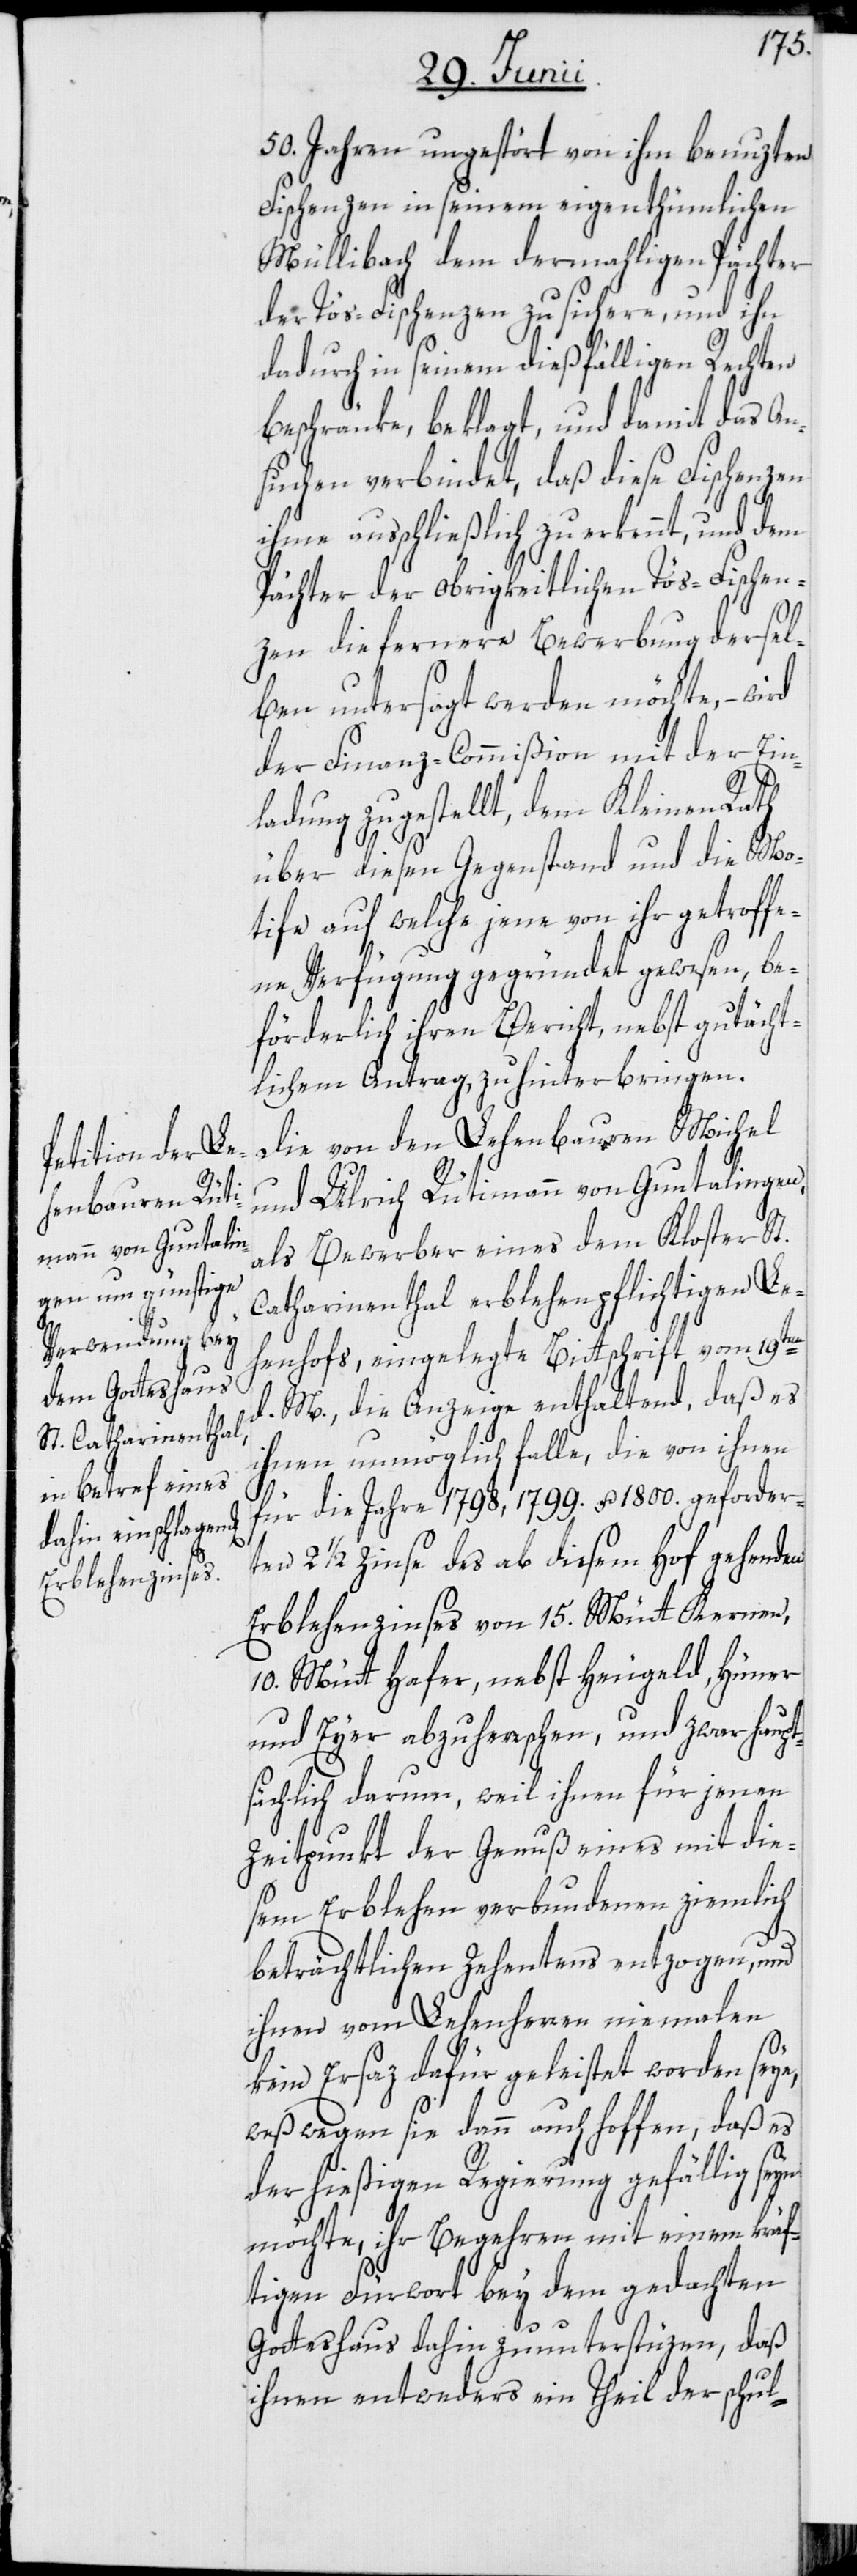
50. Jahren ungestört von ihm benuzten
Fischenzen in seinem eigenthümlichen
Müllibach dem dermahligen Pächter
der Tös-Fischenzen zusichere, und ihn
dadurch in seinem dießfälligen Rechten
beschränke, beklagt, und damit das An¬
suchen verbindet, daß diese Fischenzen
ihme ausschließlich zuerkennt, und dem
Pächter der obrigkeitlichen Tös-Fischen¬
zen die fernere Bewerbung dersel¬
ben untersagt werden möchte, –
der Finanz-Commißion mit der Ein¬
ladung zugestellt, dem Kleinen Rath
über diesen Gegenstand und die Mo¬
tife auf welche jene von ihr getroffe¬
ne Verfügung gegründet gewesen, be¬
förderlich ihren Bericht, nebst gutächt¬
lichem Antrag, zu hinterbringen.
Die von den Lehenbauren Michel
und Ulrich Rütimann von Guntalingen,
als Bewerber eines dem Kloster St.
Catharinenthal erblehenpflichtigen Le¬
henhofs, eingelegte Bittschrift vom 19ten
d. M., die Anzeige enthaltend, daß es
ihnen unmöglich falle, die von ihnen
für die Jahre 1798, 1799. u. 1800. geforder¬
ten 2 1/2 Zinse des ab diesem Hof gehenden
Erblehenzinses von 15. Mütt Kernen,
10. Mütt Hafer, nebst Heugeld, Hüner
und Eyer abzuherrschen, und zwar haupt¬
sächlich darum, weil ihnen für jenen
Zeitpunkt der Genuß eines mit die¬
sem Erblehen verbundenen ziemlich
beträchtlichen Zehentens entzogen, und
ihnen vom Lehenherren niemalen
kein Ersaz dafür geleistet worden seye,
weßwegen sie dann auch hoffen, daß es
der hießigen Regierung gefällig seyn
möchte, ihr Begehren mit einem kräf¬
tigen Fürwort bey dem gedachten
Gotteshaus dahin zu unterstüzen, daß
ihnen entweders ein Theil der schul-